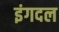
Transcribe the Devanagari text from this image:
इंगदल